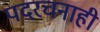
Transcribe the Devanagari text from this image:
पदरचनाही